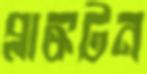
প্লাঙ্কটন